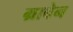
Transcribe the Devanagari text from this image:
ग्राबेन